Problem: 7 × 5 = ?
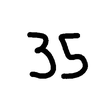
Handwritten answer: 35